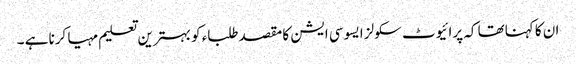
ان کا کہناتھا کہ پرائیوٹ سکولز ایسوسی ایشن کا مقصدطلباء کو بہترین تعلیم مہیا کرنا ہے ۔